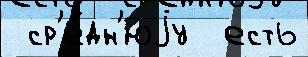
 ср'е́дн'юjу  есть